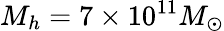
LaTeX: M_{h}=7\times 10^{11}M_{\odot}